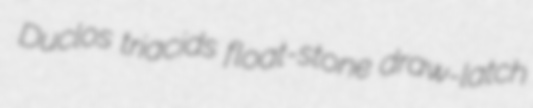
Duclos triacids float-stone draw-latch